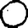
Digit: 0